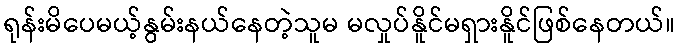
ရုန်းမိပေမယ့်နွမ်းနယ်နေတဲ့သူမ မလှုပ်နိူင်မရှားနိူင်ဖြစ်နေတယ်။